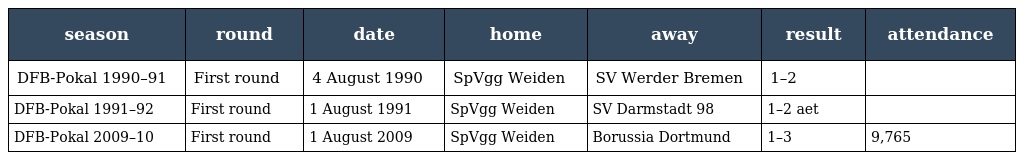
| season | round | date | home | away | result | attendance |
 | --- | --- | --- | --- | --- | --- | --- |
 | DFB-Pokal 1990–91 | First round | 4 August 1990 | SpVgg Weiden | SV Werder Bremen | 1–2 |  |
 | DFB-Pokal 1991–92 | First round | 1 August 1991 | SpVgg Weiden | SV Darmstadt 98 | 1–2 aet |  |
 | DFB-Pokal 2009–10 | First round | 1 August 2009 | SpVgg Weiden | Borussia Dortmund | 1–3 | 9,765 |